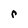
Character: r